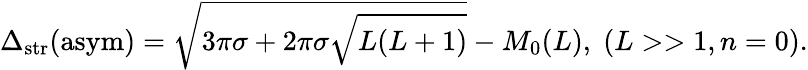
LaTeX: \Delta_{\mathrm{str}}(\mathrm{asym})=\sqrt{3\pi\sigma+2\pi\sigma\sqrt{L(L+1)}}-M_{0}(L),\; (L>>1,n=0).